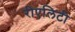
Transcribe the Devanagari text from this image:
रीएलिटी